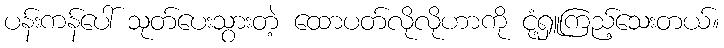
ပန်းကန်ပေါ် သုတ်ပေးသွားတဲ့ ထောပတ်လိုလိုဟာကို ငုံ့ရှူကြည့်သေးတယ်။